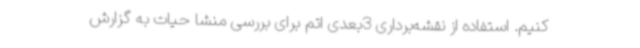
کنیم. استفاده از نقشه‌برداری 3بعدی اتم برای بررسی منشا حیات به گزارش